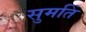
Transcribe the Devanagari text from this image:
सुमतिं